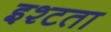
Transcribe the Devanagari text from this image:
इश्टता